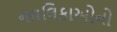
નવલિકાઓનો